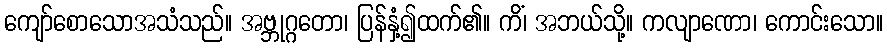
ကျော်စောသောအသံသည်။ အဗ္ဘုဂ္ဂတော၊ ပြန်နှံ့၍ထက်၏။ ကိံ၊ အဘယ်သို့။ ကလျာဏော၊ ကောင်းသော။